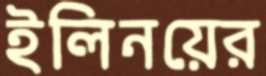
ইলিনয়ের